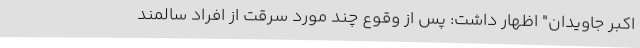
اکبر جاویدان" اظهار داشت: پس از وقوع چند مورد سرقت از افراد سالمند